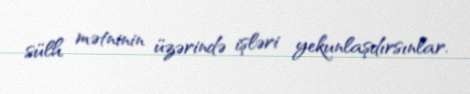
sülh mətninin üzərində işləri yekunlaşdırsınlar.